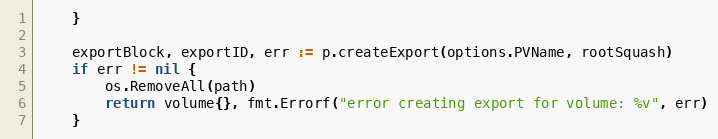
Language: Go
	}

	exportBlock, exportID, err := p.createExport(options.PVName, rootSquash)
	if err != nil {
		os.RemoveAll(path)
		return volume{}, fmt.Errorf("error creating export for volume: %v", err)
	}